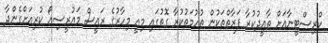
ކްރިސްޓީނާއަށް ތާއީދުކުރާ ފަރާތްތަކުން ތުހުމަތުކުރާ ގޮތުގައި މިއީ މިހާރުގެ ރައީސް މައުރީސިއޯ ކުރިއަށްގެންދާ